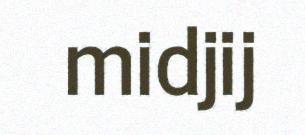
midjij